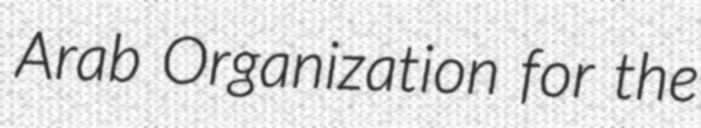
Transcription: Arab Organization for the